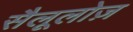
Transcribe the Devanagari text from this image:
सैलूलोज़